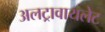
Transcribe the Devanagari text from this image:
अलट्रावायलेट